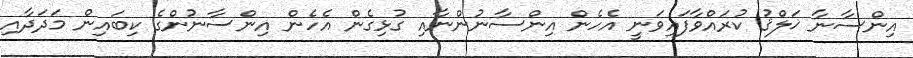
އިންސާނާ ޚަލްޤު ކުރައްވާފައިވަނީ އެހެން އިންސާނުންނާއި ގުޅިގެން އެހެން އިންސާނުންގެ ކިބައިން މަދަދާއި